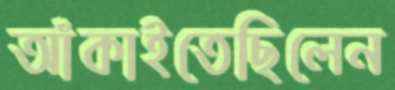
আঁকাইতেছিলেন